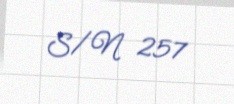
S/N 257